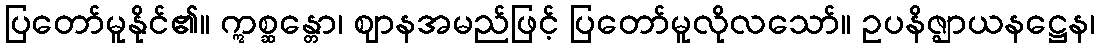
ပြတော်မူနိုင်၏။ ဣစ္ဆန္တော၊ ဈာနအမည်ဖြင့် ပြတော်မူလိုလသော်။ ဥပနိဇ္ဈာယနဋ္ဌေန၊